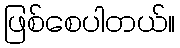
ဖြစ်စေပါတယ်။